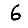
Digit: 6